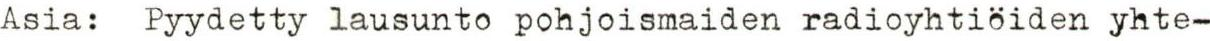
Asia: Pyydetty lausunto pohjoismaiden radioyhtiöiden yhte-